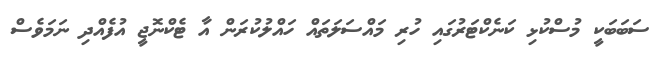
ސަބަބަކީ މުސްކުޅި ކަނެކްޓަރުގައި ހުރި މައްސަލަތައް ހައްލުކުރަން އާ ޓެކްނޮޖީ އުފެއްދި ނަމަވެސް